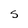
Character: S